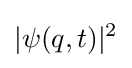
|\psi (q,t)|^{2}